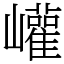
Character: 巏